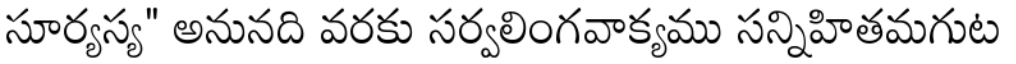
సూర్యస్య" అనునది వరకు సర్వలింగవాక్యము సన్నిహితమగుట